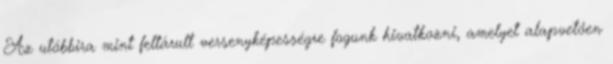
Az utóbbira mint feltárult versenyképességre fogunk hivatkozni, amelyet alapvetően